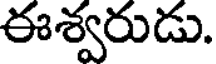
ఈశ్వరుడు.